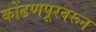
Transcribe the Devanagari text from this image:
कोंढणपूरवरून